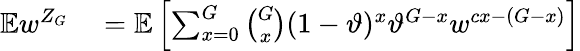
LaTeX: \begin{array}{rl}{\mathbb{E}w^{Z_{G}}}&{{}=\mathbb{E}\left[\sum_{x=0}^{G}{\binom{G}{x}}(1-\vartheta)^{x}\vartheta^{G-x}w^{cx-(G-x)}\right]}\end{array}